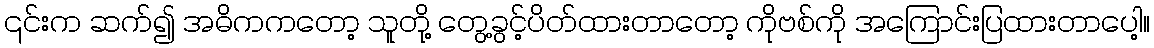
၎င်းက ဆက်၍ အဓိကကတော့ သူတို့ တွေ့ခွင့်ပိတ်ထားတာတော့ ကိုဗစ်ကို အကြောင်းပြထားတာပေါ့။